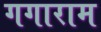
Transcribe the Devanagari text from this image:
गगाराम